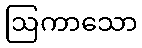
ဩကာသော